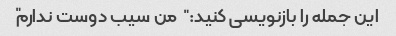
این جمله را بازنویسی کنید: "من سیب دوست ندارم"